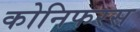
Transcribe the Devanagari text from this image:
कोनिफरस